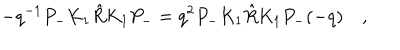
- q ^ { - 1 } P _ { - } K _ { 1 } \hat { R } K _ { 1 } P _ { - } = q ^ { 2 } P _ { - } K _ { 1 } \hat { R } K _ { 1 } P _ { - } ( - q ) \quad ,